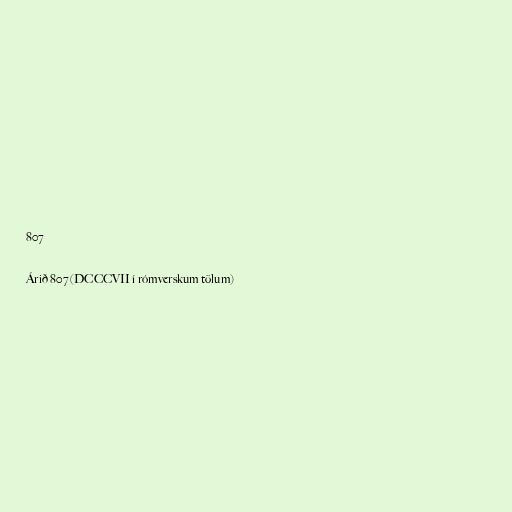
807

Árið 807 (DCCCVII í rómverskum tölum)